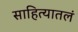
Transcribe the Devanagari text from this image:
साहित्यातलं